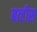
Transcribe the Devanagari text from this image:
बत्टीस